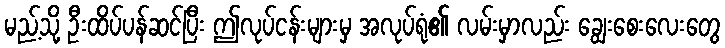
မည့်သို့ ဦးထိပ်ပန်ဆင်ပြီး ဤလုပ်ငန်းများမှ အလုပ်ရုံ၏ လမ်းမှာလည်း ချွေးစေးလေးတွေ